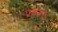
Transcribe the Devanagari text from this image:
पठाए।